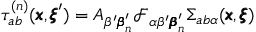
\tau _ { a b } ^ { ( n ) } ( { \pmb x } , { \pmb \xi } ^ { \prime } ) = A _ { \beta ^ { \prime } { \pmb \beta } _ { n } ^ { \prime } } { \mathcal { F } _ { \alpha \beta ^ { \prime } { \pmb \beta } _ { n } ^ { \prime } } \Sigma _ { a b \alpha } ( { \pmb x } , { \pmb \xi } ) }